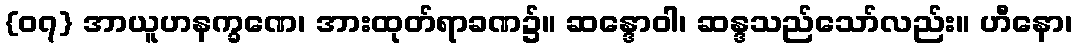
{၀၇} အာယူဟနက္ခဏေ၊ အားထုတ်ရာခဏ၌။ ဆန္ဒောဝါ၊ ဆန္ဒသည်သော်လည်း။ ဟီနော၊